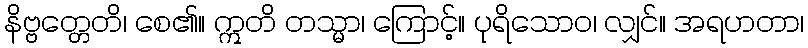
နိဗ္ဗတ္တေတိ၊ စေ၏။ ဣတိ တသ္မာ၊ ကြောင့်။ ပုရိသောဝ၊ လျှင်။ အရဟတာ၊